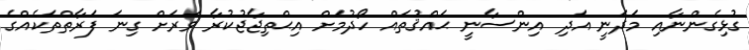
ގުޅިގެންނާއި މަދަނީ އަދި އިންސާނީ ޙައްޤުތައް ހޯދުމަށް އިޙްތިޖާޖުކުރާ ވަރަށް ގިނަ ފަރާތްތަކެއްގެ